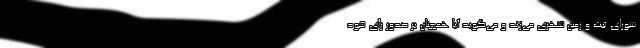
شورای ثبت و زمین شهری می‌زند و می‌گوید آیا همچنان بر صدور رأی خود